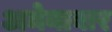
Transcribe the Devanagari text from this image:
अमेनाबार